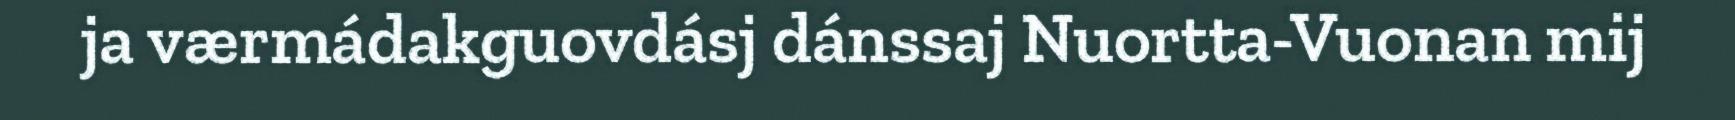
ja værmádakguovdásj dánssaj Nuortta-Vuonan mij